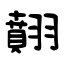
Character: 翸